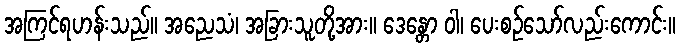
အကြင်ရဟန်းသည်။ အညေသံ၊ အခြားသူတို့အား။ ဒေန္တော ဝါ၊ ပေးစဉ်သော်လည်းကောင်း။